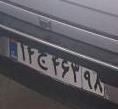
۱۴ج۴۶۳۹۸